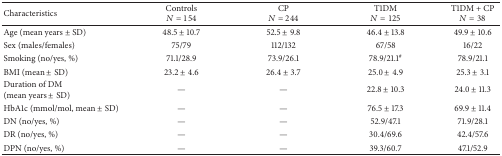
<table><thead><tr><td><b>Characteristics</b></td><td><b>Controls<i>N</i> = 154</b></td><td><b>CP<i>N</i> = 244</b></td><td><b>T1DM<i>N</i> = 125</b></td><td><b>T1DM + CP<i>N</i> = 38</b></td></tr></thead><tbody><tr><td>Age (mean years ± SD)</td><td>48.5 ± 10.7</td><td>52.5 ± 9.8</td><td>46.4 ± 13.8</td><td>49.9 ± 10.6</td></tr><tr><td>Sex (males/females)</td><td>75/79</td><td>112/132</td><td>67/58</td><td>16/22</td></tr><tr><td>Smoking (no/yes, %)</td><td>71.1/28.9</td><td>73.9/26.1</td><td>78.9/21.1<sup>#</sup></td><td>78.9/21.1</td></tr><tr><td>BMI (mean ± SD)</td><td>23.2 ± 4.6</td><td>26.4 ± 3.7</td><td>25.0 ± 4.9</td><td>25.3 ± 3.1</td></tr><tr><td>Duration of DM(mean years ± SD)</td><td>—</td><td>—</td><td>22.8 ± 10.3</td><td>24.0 ± 11.3</td></tr><tr><td>HbA1c (mmol/mol, mean ± SD)</td><td>—</td><td>—</td><td>76.5 ± 17.3</td><td>69.9 ± 11.4</td></tr><tr><td>DN (no/yes, %)</td><td>—</td><td>—</td><td>52.9/47.1</td><td>71.9/28.1</td></tr><tr><td>DR (no/yes, %)</td><td>—</td><td>—</td><td>30.4/69.6</td><td>42.4/57.6</td></tr><tr><td>DPN (no/yes, %)</td><td>—</td><td>—</td><td>39.3/60.7</td><td>47.1/52.9</td></tr></tbody></table>